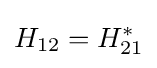
H_{12}=H_{21}^{*}